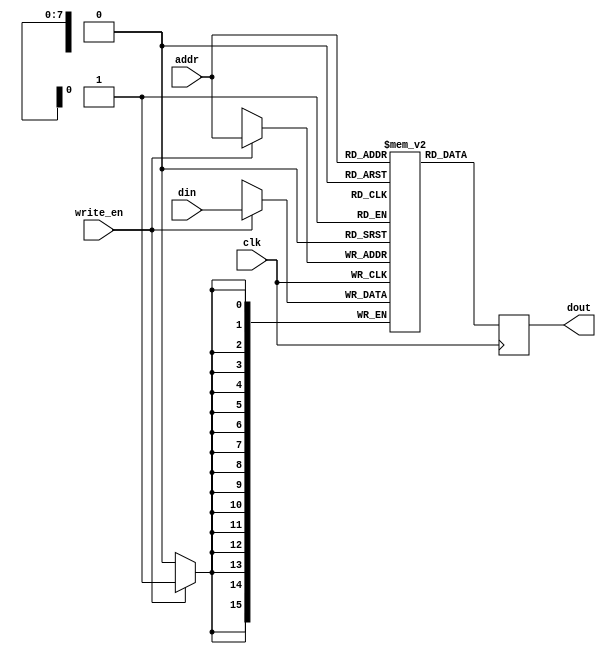
`ifdef SIM
This file shouldn't be used in simulation...
`endif

// Disable to use BRAM primitives
`define INFER_BRAM 1

// Hopefully 256x16 is universally synthesizable
// across different HW/tools vendors (otherwise
// we can switch to 512x8).
module ram256x16(din, addr, write_en, clk, dout);

input [15:0] din;
input [7:0] addr;
input write_en;
input clk;

`ifdef INFER_BRAM

output reg [15:0] dout;

reg [15:0] mem [255:0];  // 16 * 256 == 4K

always @(posedge clk) begin
  if (write_en)
    mem[addr] <= din;
  dout <= mem[addr];
end

`else

output [15:0] dout;

// FIXME: explicit clock enables may not be necessary

SB_RAM256x16 ram_inst (
  .RDATA(out),
  .RADDR(addr),
  .RCLK(clk),
  .RCLKE(1'b1),
  .RE(~write_en),
  .WADDR(addr),
  .WCLK(clk),
  .WCLKE(1'b1),
  .WDATA(din),
  .WE(write_en),
  .MASK(16'b0)  // Negative logic
);

`endif

endmodule